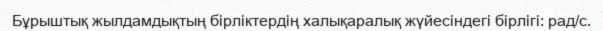
Бұрыштық жылдамдықтың бірліктердің халықаралық жүйесіндегі бірлігі: рад/с.